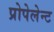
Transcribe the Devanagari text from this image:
प्रोपेलेन्ट